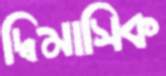
দ্বিমাসিক